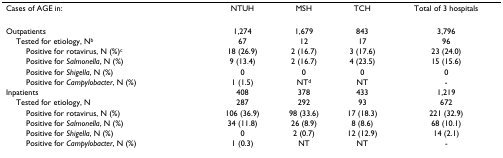
| Cases of AGE in: | NTUH | MSH | TCH | Total of 3 hospitals |
 | --- | --- | --- | --- | --- |
 | Outpatients | 1,274 | 1,679 | 843 | 3,796 |
 | Tested for etiology, Nb | 67 | 12 | 17 | 96 |
 | Positive for rotavirus, N (%)c | 18 (26.9) | 2 (16.7) | 3 (17.6) | 23 (24.0) |
 | Positive for Salmonella, N (%) | 9 (13.4) | 2 (16.7) | 4 (23.5) | 15 (15.6) |
 | Positive for Shigella, N (%) | 0 | 0 | 0 | 0 |
 | Positive for Campylobacter, N (%) | 1 (1.5) | NTd | NT | - |
 | Inpatients | 408 | 378 | 433 | 1,219 |
 | Tested for etiology, N | 287 | 292 | 93 | 672 |
 | Positive for rotavirus, N (%) | 106 (36.9) | 98 (33.6) | 17 (18.3) | 221 (32.9) |
 | Positive for Salmonella, N (%) | 34 (11.8) | 26 (8.9) | 8 (8.6) | 68 (10.1) |
 | Positive for Shigella, N (%) | 0 | 2 (0.7) | 12 (12.9) | 14 (2.1) |
 | Positive for Campylobacter, N (%) | 1 (0.3) | NT | NT | - |